Report of an investigation into the causes of the diseases known in Assam as Kála-Azár and Beri-Beri
Disease focus: Beri-Beri
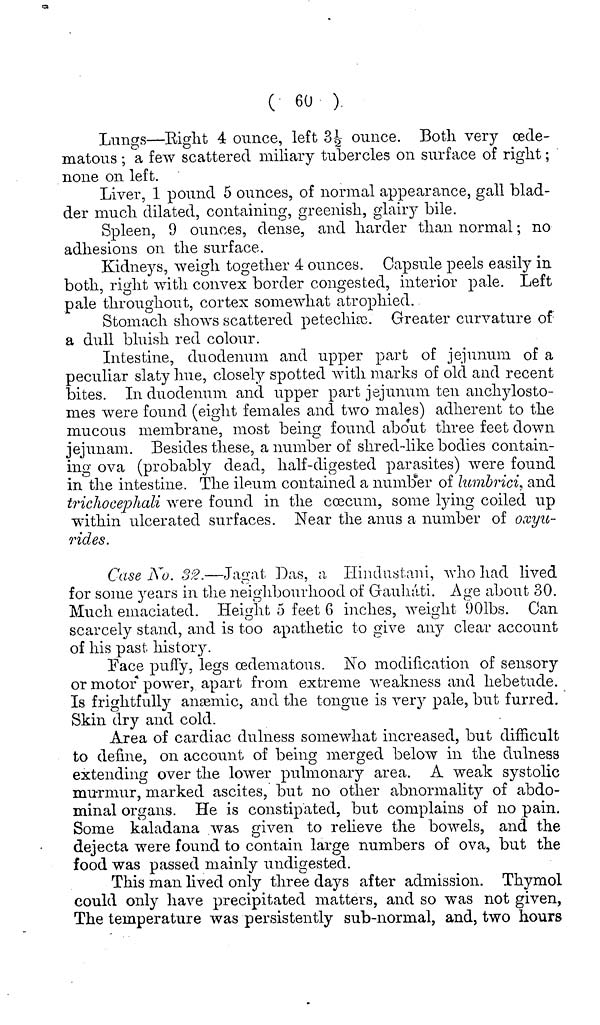
( 60 )
Lungs—Right 4 ounce, left 3½ ounce. Both very œde-
matous ; a few scattered miliary tubercles on surface of right;
none on left.
Liver, 1 pound 5 ounces, of normal appearance, gall blad-
der much dilated, containing, greenish, glairy bile.
Spleen, 9 ounces, dense, and harder than normal; no
adhesions on the surface.
Kidneys, weigh together 4 ounces. Capsule peels easily in
both, right with convex border congested, interior pale. Left
pale throughout, cortex somewhat atrophied.
Stomach shows scattered petechiæ. Greater curvature of
a dull bluish red colour.
Intestine, duodenum and upper part of jejunum of a
peculiar slaty hue, closely spotted with marks of old and recent
bites. In duodenum and upper part jejunum ten anchylosto-
mes were found (eight females and two males) adherent to the
mucous membrane, most being found about three feet down
jejunam. Besides these, a number of shred-like bodies contain-
ing ova (probably dead, half-digested parasites) were found
in the intestine. The ileum contained a number of lumbrici, and
trichocephali were found in the cœcum, some lying coiled up
within ulcerated surfaces. Near the anus a number of oxyu-
rides.
Case No. 32.—Jagat Das, a Hindustani, who had lived
for some years in the neighbourhood of Gaháti. Age about 30.
ι?
Much emaciated. Height 5 feet 6 inches, weight 901bs. Can
scarcely stand, and is too apathetic to give any clear account
of his past history.
Face puffy, legs œdematous. No modification of sensory
or motor power, apart from extreme weakness and hebetude.
Is frightfully anæmic, and the tongue is very pale, but furred.
Skin dry and cold.
Area of cardiac dullness somewhat increased, but difficult
to define, on account of being merged below in the dulness
extending over the lower pulmonary area. A weak systolic
murmur, marked ascites, but no other abnormality of abdo-
minal organs. He is constipated, but complains of no pain.
Some kaladana was given to relieve the bowels, and the
dejecta were found to contain large numbers of ova, but the
food was passed mainly undigested.
This man lived only three days after admission. Thymol
could only have precipitated matters, and so was not given,
The temperature was persistently sub-normal, and, two hours